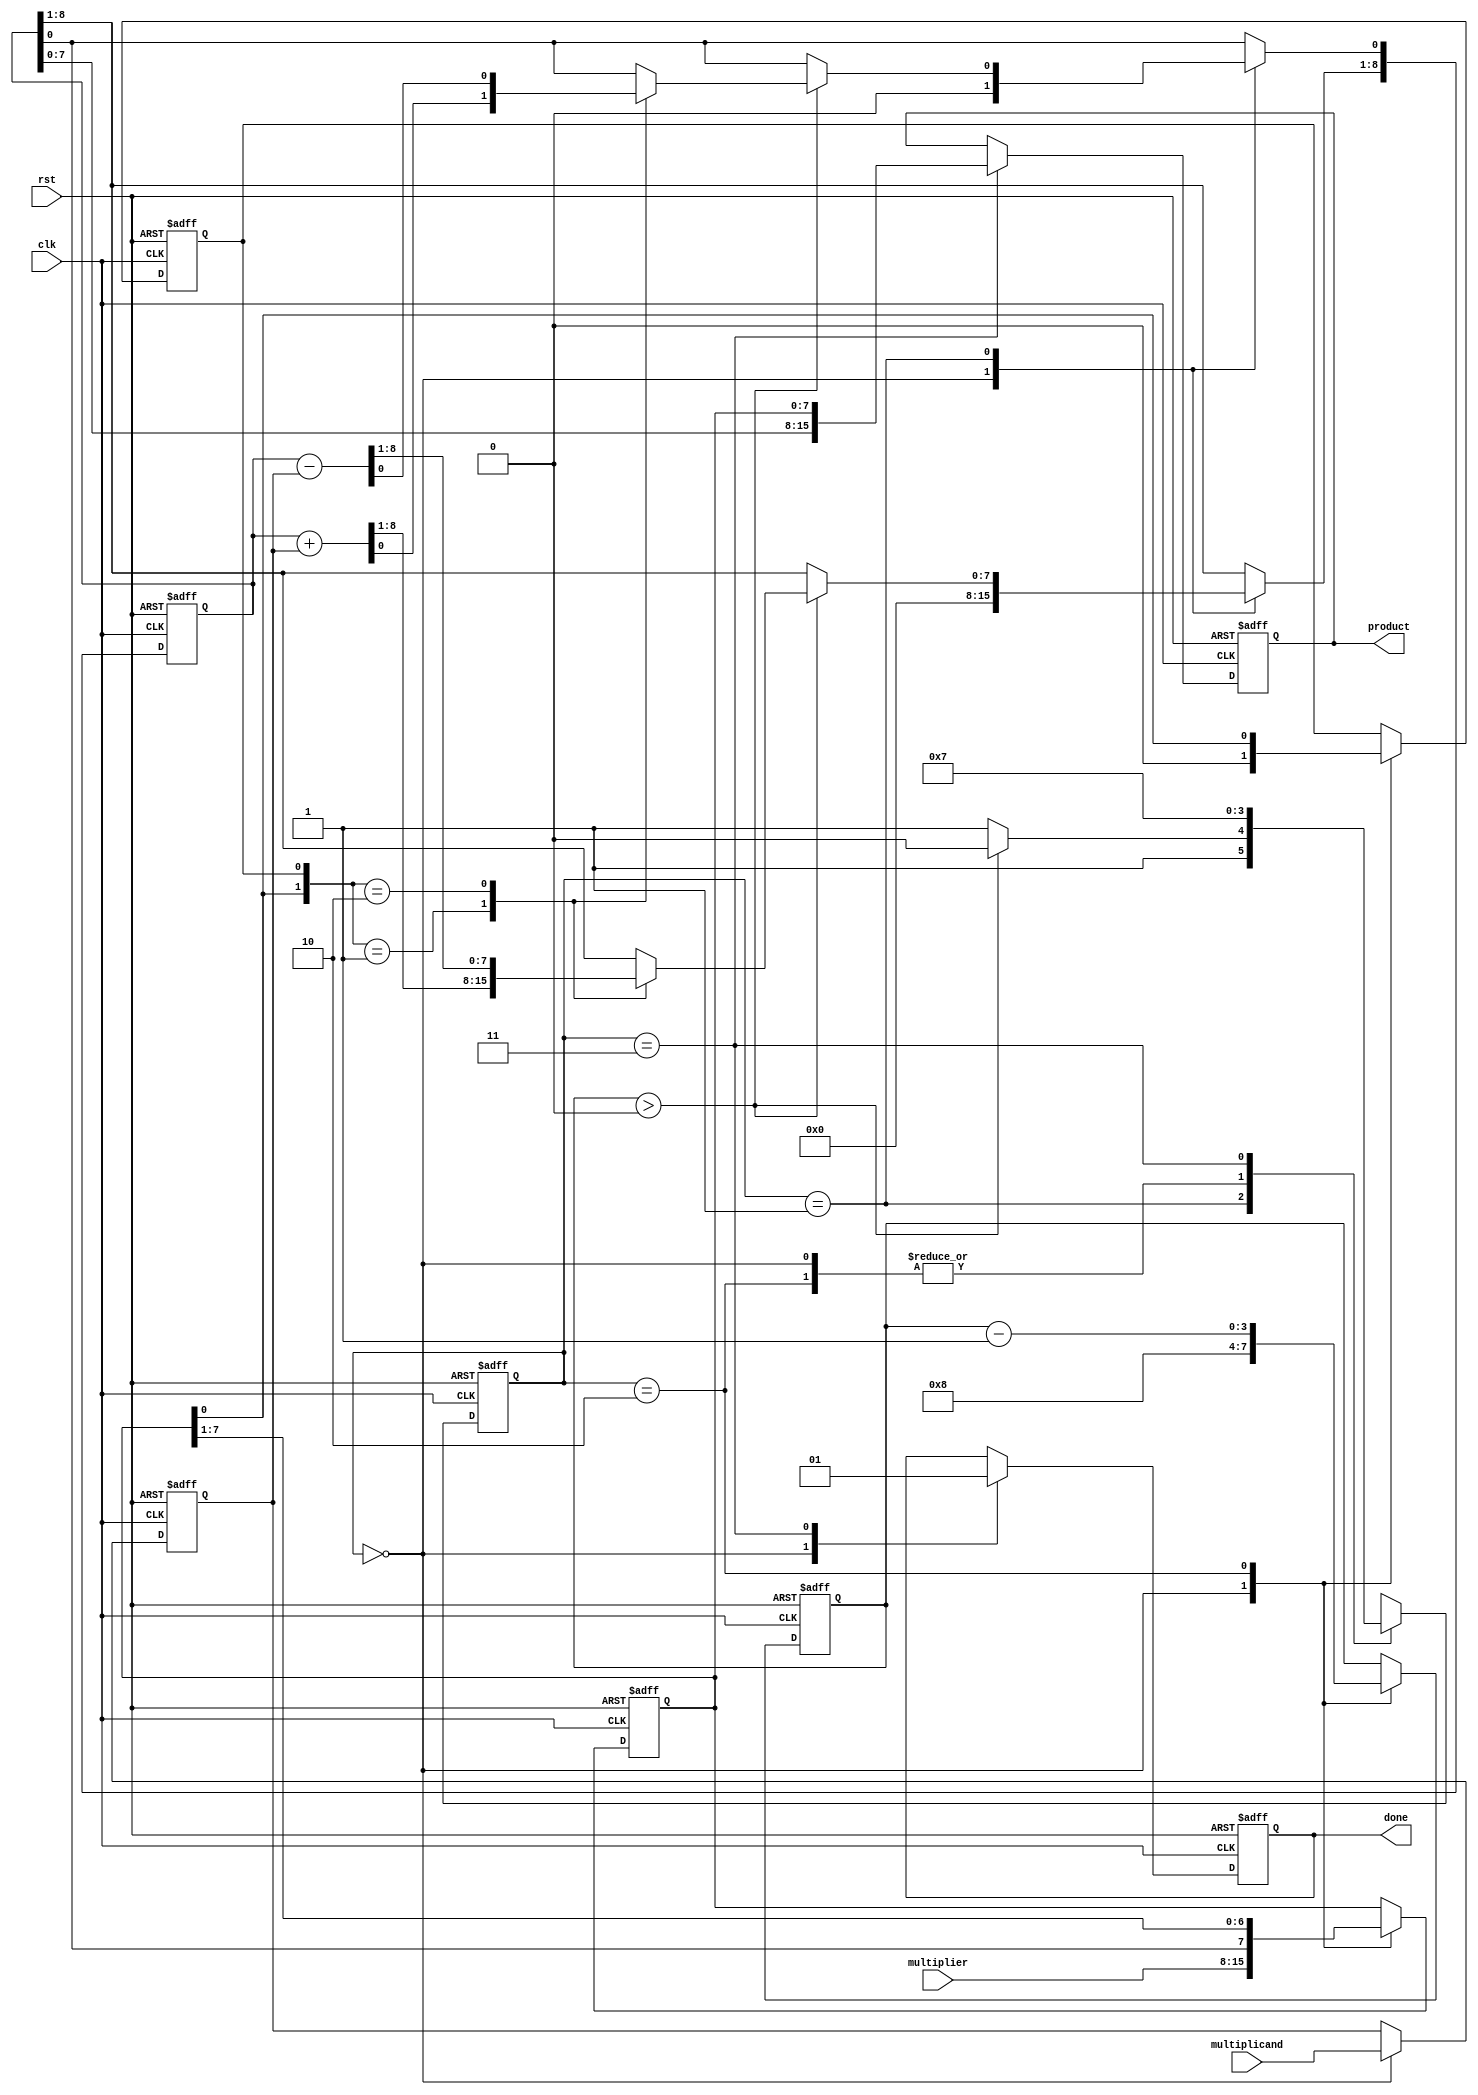
module booth_multiplier #(parameter WIDTH = 8)(
    input wire clk,
    input wire rst,
    input wire [WIDTH-1:0] multiplicand,
    input wire [WIDTH-1:0] multiplier,
    output reg [2*WIDTH-1:0] product,
    output reg done
);

    // Registers
    reg [WIDTH-1:0] M;      // Multiplicand
    reg [WIDTH-1:0] Q;      // Multiplier
    reg [WIDTH:0] A;        // Accumulator (one extra bit for overflow)
    reg Q_1;                // Q-1 register
    reg [3:0] count;        // Counter for iterations
    reg [1:0] state;        // State variable for FSM

    localparam IDLE = 2'b00, 
               EXECUTE = 2'b01, 
               SHIFT = 2'b10, 
               DONE = 2'b11;

    // Initial state and registers setup
    always @(posedge clk or posedge rst) begin
        if (rst) begin
            A <= 0;
            Q <= 0;
            Q_1 <= 0;
            M <= 0;
            count <= 0;
            state <= IDLE;
            product <= 0;
            done <= 0;
        end else begin
            case (state)
                IDLE: begin
                    // Load inputs and initialize registers
                    M <= multiplicand;
                    Q <= multiplier;
                    A <= 0;
                    Q_1 <= 0;
                    count <= WIDTH;  // number of bits to process
                    done <= 0;
                    state <= EXECUTE;
                end

                EXECUTE: begin
                    if (count > 0) begin
                        case ({Q[0], Q_1}) // Q[0] and Q_1 combination
                            2'b01: A <= A + M;    // A = A + M
                            2'b10: A <= A - M;    // A = A - M
                            default: A <= A;      // Do nothing
                        endcase
                        state <= SHIFT;
                    end else begin
                        state <= DONE;           // All iterations done
                    end
                end

                SHIFT: begin
                    // Performing arithmetic right shift
                    {A[WIDTH:1], Q} <= {A, Q} >> 1; // Shift A and Q together
                    Q_1 <= Q[0];                    // Update Q_1 with old Q[0]
                    count <= count - 1;             // Decrement count
                    state <= EXECUTE;               // Go back to EXECUTE
                end

                DONE: begin
                    // Concatenate A and Q to form the product
                    product <= {A[WIDTH-1:0], Q}; // Final product
                    done <= 1;                   // Indicate completion
                    state <= DONE;               // Stay in DONE state
                end
            endcase
        end
    end
endmodule